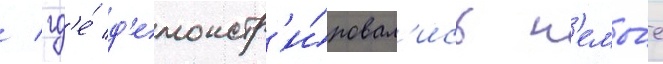
/ гд'е́ д'емонстр'и́ровал'ись н'емы́е